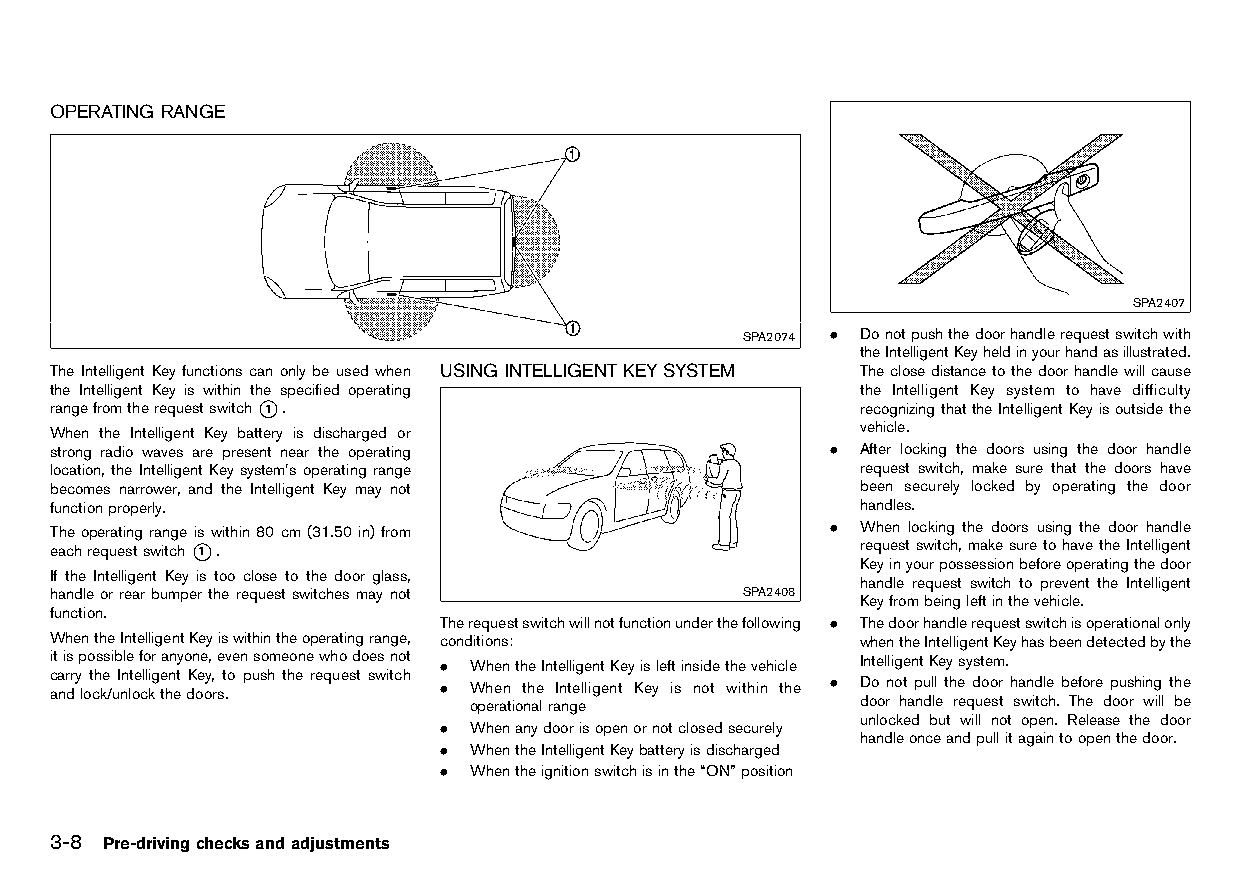
(116,1)
 OPERATING RANGE
 HT32A1-C3D68A42-BF8A-4612-8787-FED6A717AD9B
 SPA2407
 SPA2074 . Donotpushthedoorhandlerequestswitchwith
 theIntelligentKeyheldinyourhandasillustrated.
 The Intelligent Key functions can only be used when USING INTELLIGENTKEYSYSTEM Theclosedistancetothedoorhandlewillcause
 the Intelligent Key is within the specified operating HT32A1-2AEA7F37-6052-4E2F-8206-CCB813AFFD9E the Intelligent Key system to have difficulty
 rangefromtherequestswitch*1 .                         recognizingthattheIntelligentKeyisoutsidethe
 When the Intelligent Key battery is discharged or     vehicle.
 strong radio waves are present near the operating   . After locking the doors using the door handle
 location, the Intelligent Key system’s operating range request switch, make sure that the doors have
 becomes narrower, and the Intelligent Key may not     been securely locked by operating the door
 functionproperly.                                     handles.
 The operating range is within 80 cm (31.50 in) from . When locking the doors using the door handle
 eachrequestswitch*1 .                                 requestswitch,makesuretohavetheIntelligent
 Keyinyourpossessionbeforeoperatingthedoor
 If the Intelligent Key is too close to the door glass,
 handle request switch to prevent the Intelligent
 handle orrear bumper the requestswitches may not SPA2408
 Keyfrombeingleftinthevehicle.
 function.
 Therequestswitchwillnotfunctionunderthefollowing . Thedoorhandlerequestswitchisoperationalonly
 WhentheIntelligentKeyiswithintheoperatingrange, conditions: whentheIntelligentKeyhasbeendetectedbythe
 itispossibleforanyone,evensomeonewhodoesnot . WhentheIntelligentKeyisleftinsidethevehicle IntelligentKeysystem.
 carry the Intelligent Key, to push the request switch
 andlock/unlockthedoors.   . When the Intelligent Key is not within the . Do not pull the door handle before pushing the
 operationalrange          door handle request switch. The door will be
 unlocked but will not open. Release the door
 . Whenanydoorisopenornotclosedsecurely
 handleonceandpullitagaintoopenthedoor.
 . WhentheIntelligentKeybatteryisdischarged
 . Whentheignitionswitchisinthe“ON”position
 3-8 Pre-drivingchecksandadjustments
 Condition:                        [Edit:2015/8/24 Model: HT32-A]